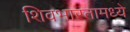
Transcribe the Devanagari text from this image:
शिवभारतामध्ये